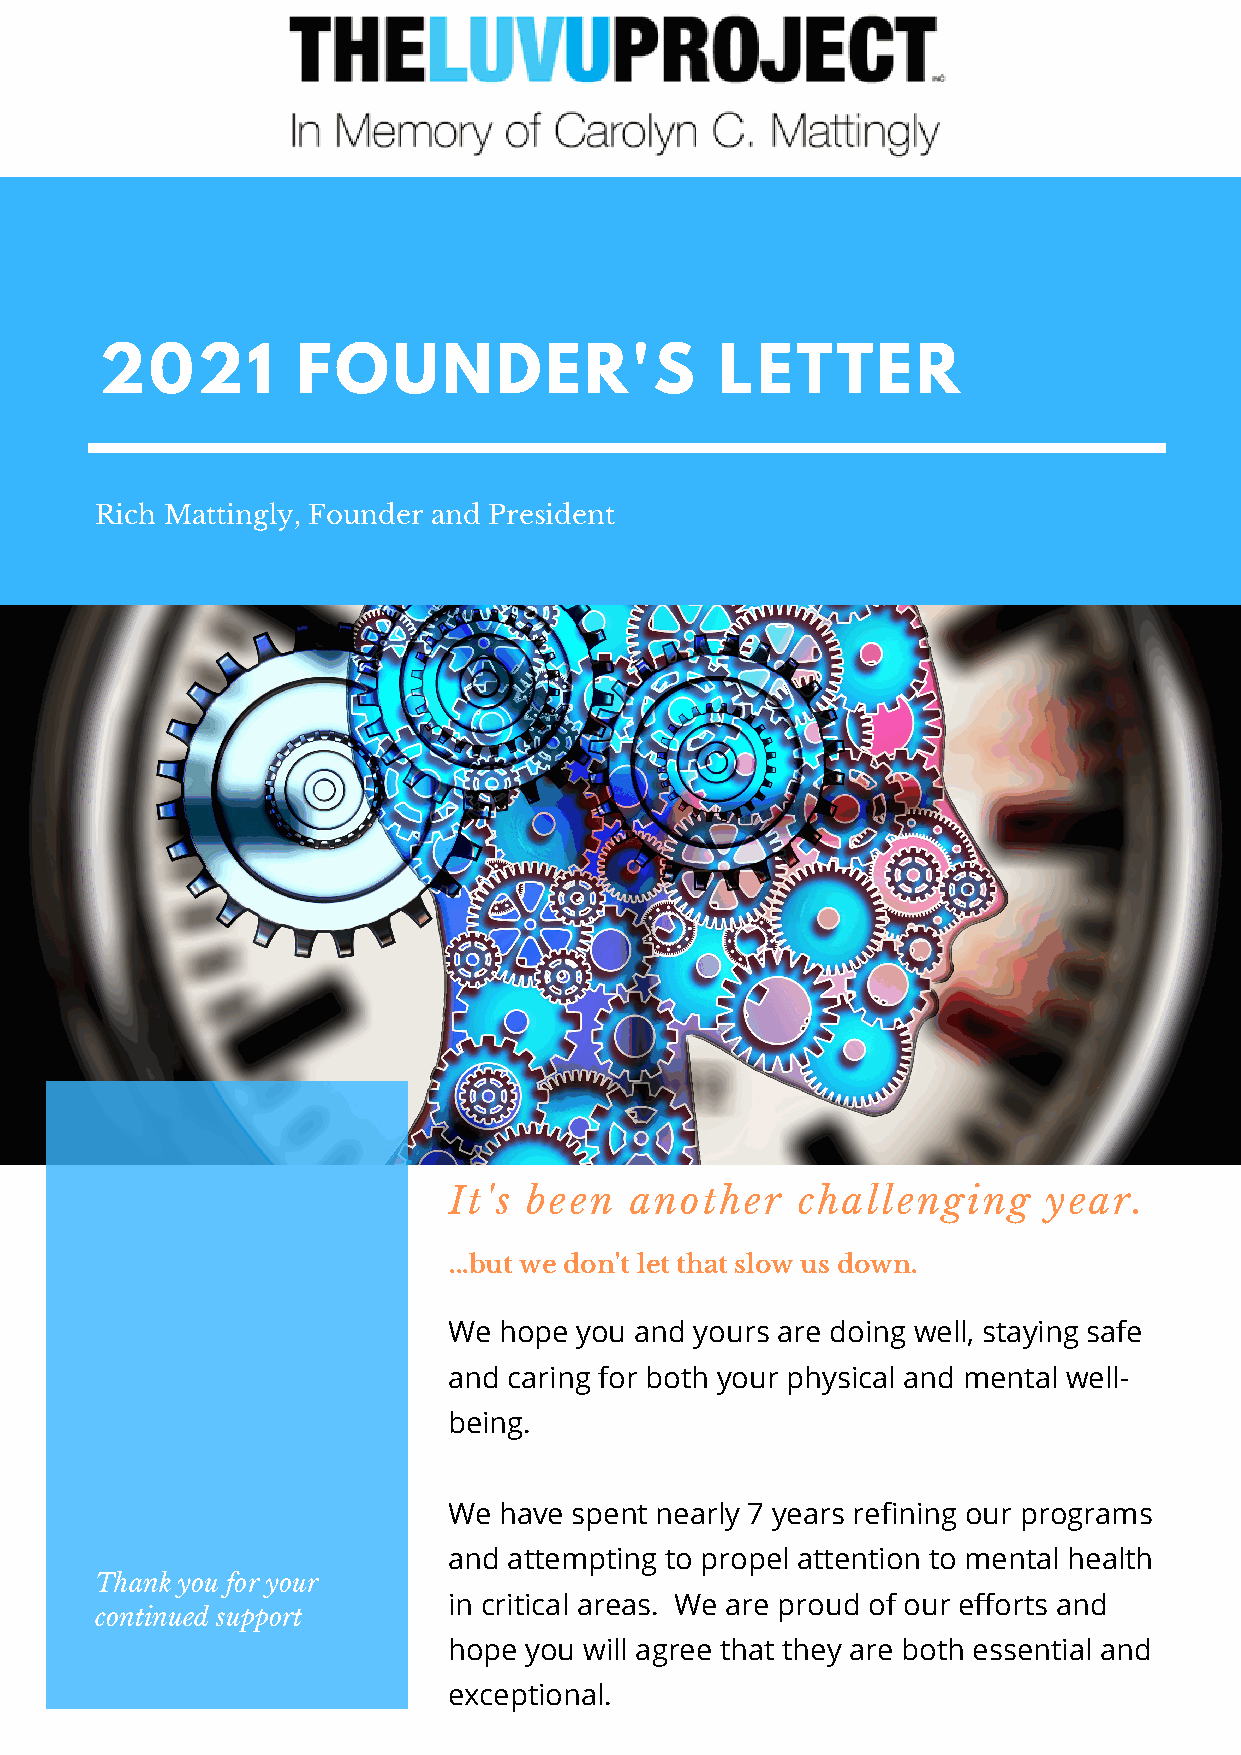
2021         FOUNDER'S                   LETTER
 Rich Mattingly, Founder and President
 It's been   another    challenging     year.
 ...but we don't let that slow us down.
 We hope you and yours are doing well, staying safe
 and caring for both your physical and mental well-
 being.
 We have spent nearly 7 years refining our programs
 and attempting to propel attention to mental health
 Thank you for your
 in critical areas. We are proud of our efforts and
 continued support
 hope you will agree that they are both essential and
 exceptional.